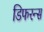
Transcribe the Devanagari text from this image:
डिफरन्स